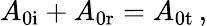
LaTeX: A_{\mathrm{0i}}+A_{\mathrm{0r}}=A_{\mathrm{0t}}\, ,